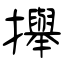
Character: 攑